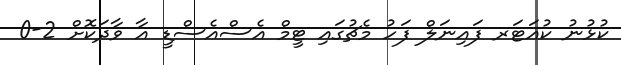
ކުޅުނު ކުއަޓަރ ފައިނަލް ފަހު މެޗުގައި ޓީމް އެސްއެސްޑީ އާ ވާދަކޮށް 2-0